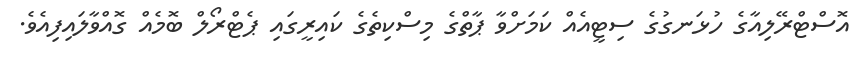
އޮސްޓްރޭލިއާގެ ހުޅަނގުގެ ސިޓީއެއް ކަމަށްވާ ޕާތްގެ މިސްކިތެގެ ކައިރީގައި ޕެޓްރޯލް ބޮމެއް ގޮއްވާލައިފިއެވެ.